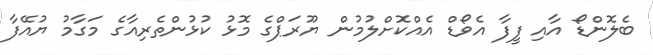
ބެލޮންޑޯ އާއި ފީފާ އެވޯޑް އެއްކޮށްލުމުން ޔޫރަޕްގެ މޮޅު ކުޅުންތެރިއާގެ މަގާމު ޔުއޭފާ